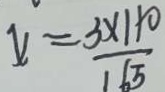
x = \frac { 3 \times 1 0 0 } { 1 6 5 }